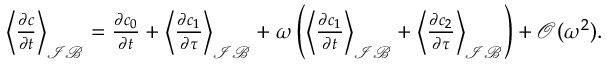
\begin{array} { r l } & { \left\langle \frac { \partial c } { \partial t } \right\rangle _ { \mathcal { I B } } = \frac { \partial c _ { 0 } } { \partial t } + \left\langle \frac { \partial c _ { 1 } } { \partial \tau } \right\rangle _ { \mathcal { I B } } + \omega \left( \left\langle \frac { \partial c _ { 1 } } { \partial t } \right\rangle _ { \mathcal { I B } } + \left\langle \frac { \partial c _ { 2 } } { \partial \tau } \right\rangle _ { \mathcal { I B } } \right) + \mathcal O ( \omega ^ { 2 } ) . } \end{array}